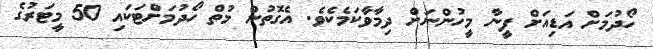
ހޯދުމަށް އަޑިއަށް ފީނާ މީހުންނަށް ދިމާވާކަމެކެވެ. އެގޮތުން މުތް ހޯދުމަށްޓަކައި 50 މީޓަރުގެ